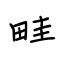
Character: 畦